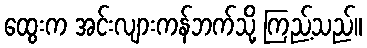
ထွေးက အင်းလျားကန်ဘက်သို့ ကြည့်သည်။